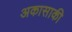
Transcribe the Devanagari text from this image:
अकासाकी